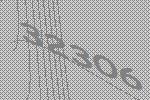
32306